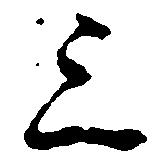
上